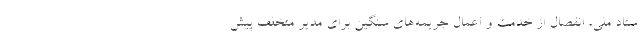
ستاد ملی، انفصال از خدمت و اعمال جریمه‌های سنگین برای مدیر متخلف پیش